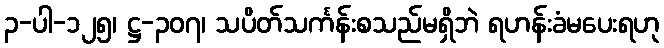
၃-ပါ-၁၂၅၊ ဋ္ဌ-၃၀၇၊ သပိတ်သင်္ကန်းစသည်မရှိဘဲ ရဟန်းခံမပေးရဟု